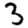
Digit: 3